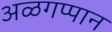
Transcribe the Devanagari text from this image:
अळगप्पान